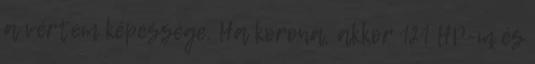
a vértem képessége. Ha korona, akkor 121 HP-m és